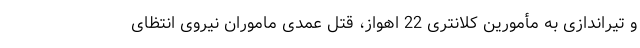
و تیراندازی به مأمورین کلانتری 22 اهواز، قتل عمدی ماموران نیروی انتظای